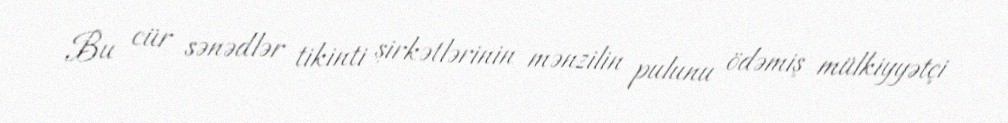
Bu cür sənədlər tikinti şirkətlərinin mənzilin pulunu ödəmiş mülkiyyətçi